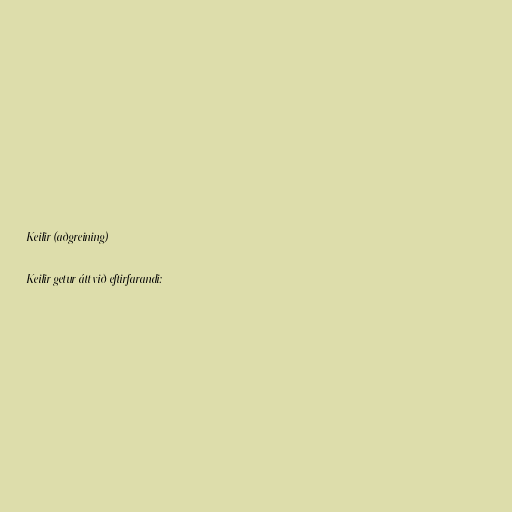
Keilir (aðgreining)

Keilir getur átt við eftirfarandi: